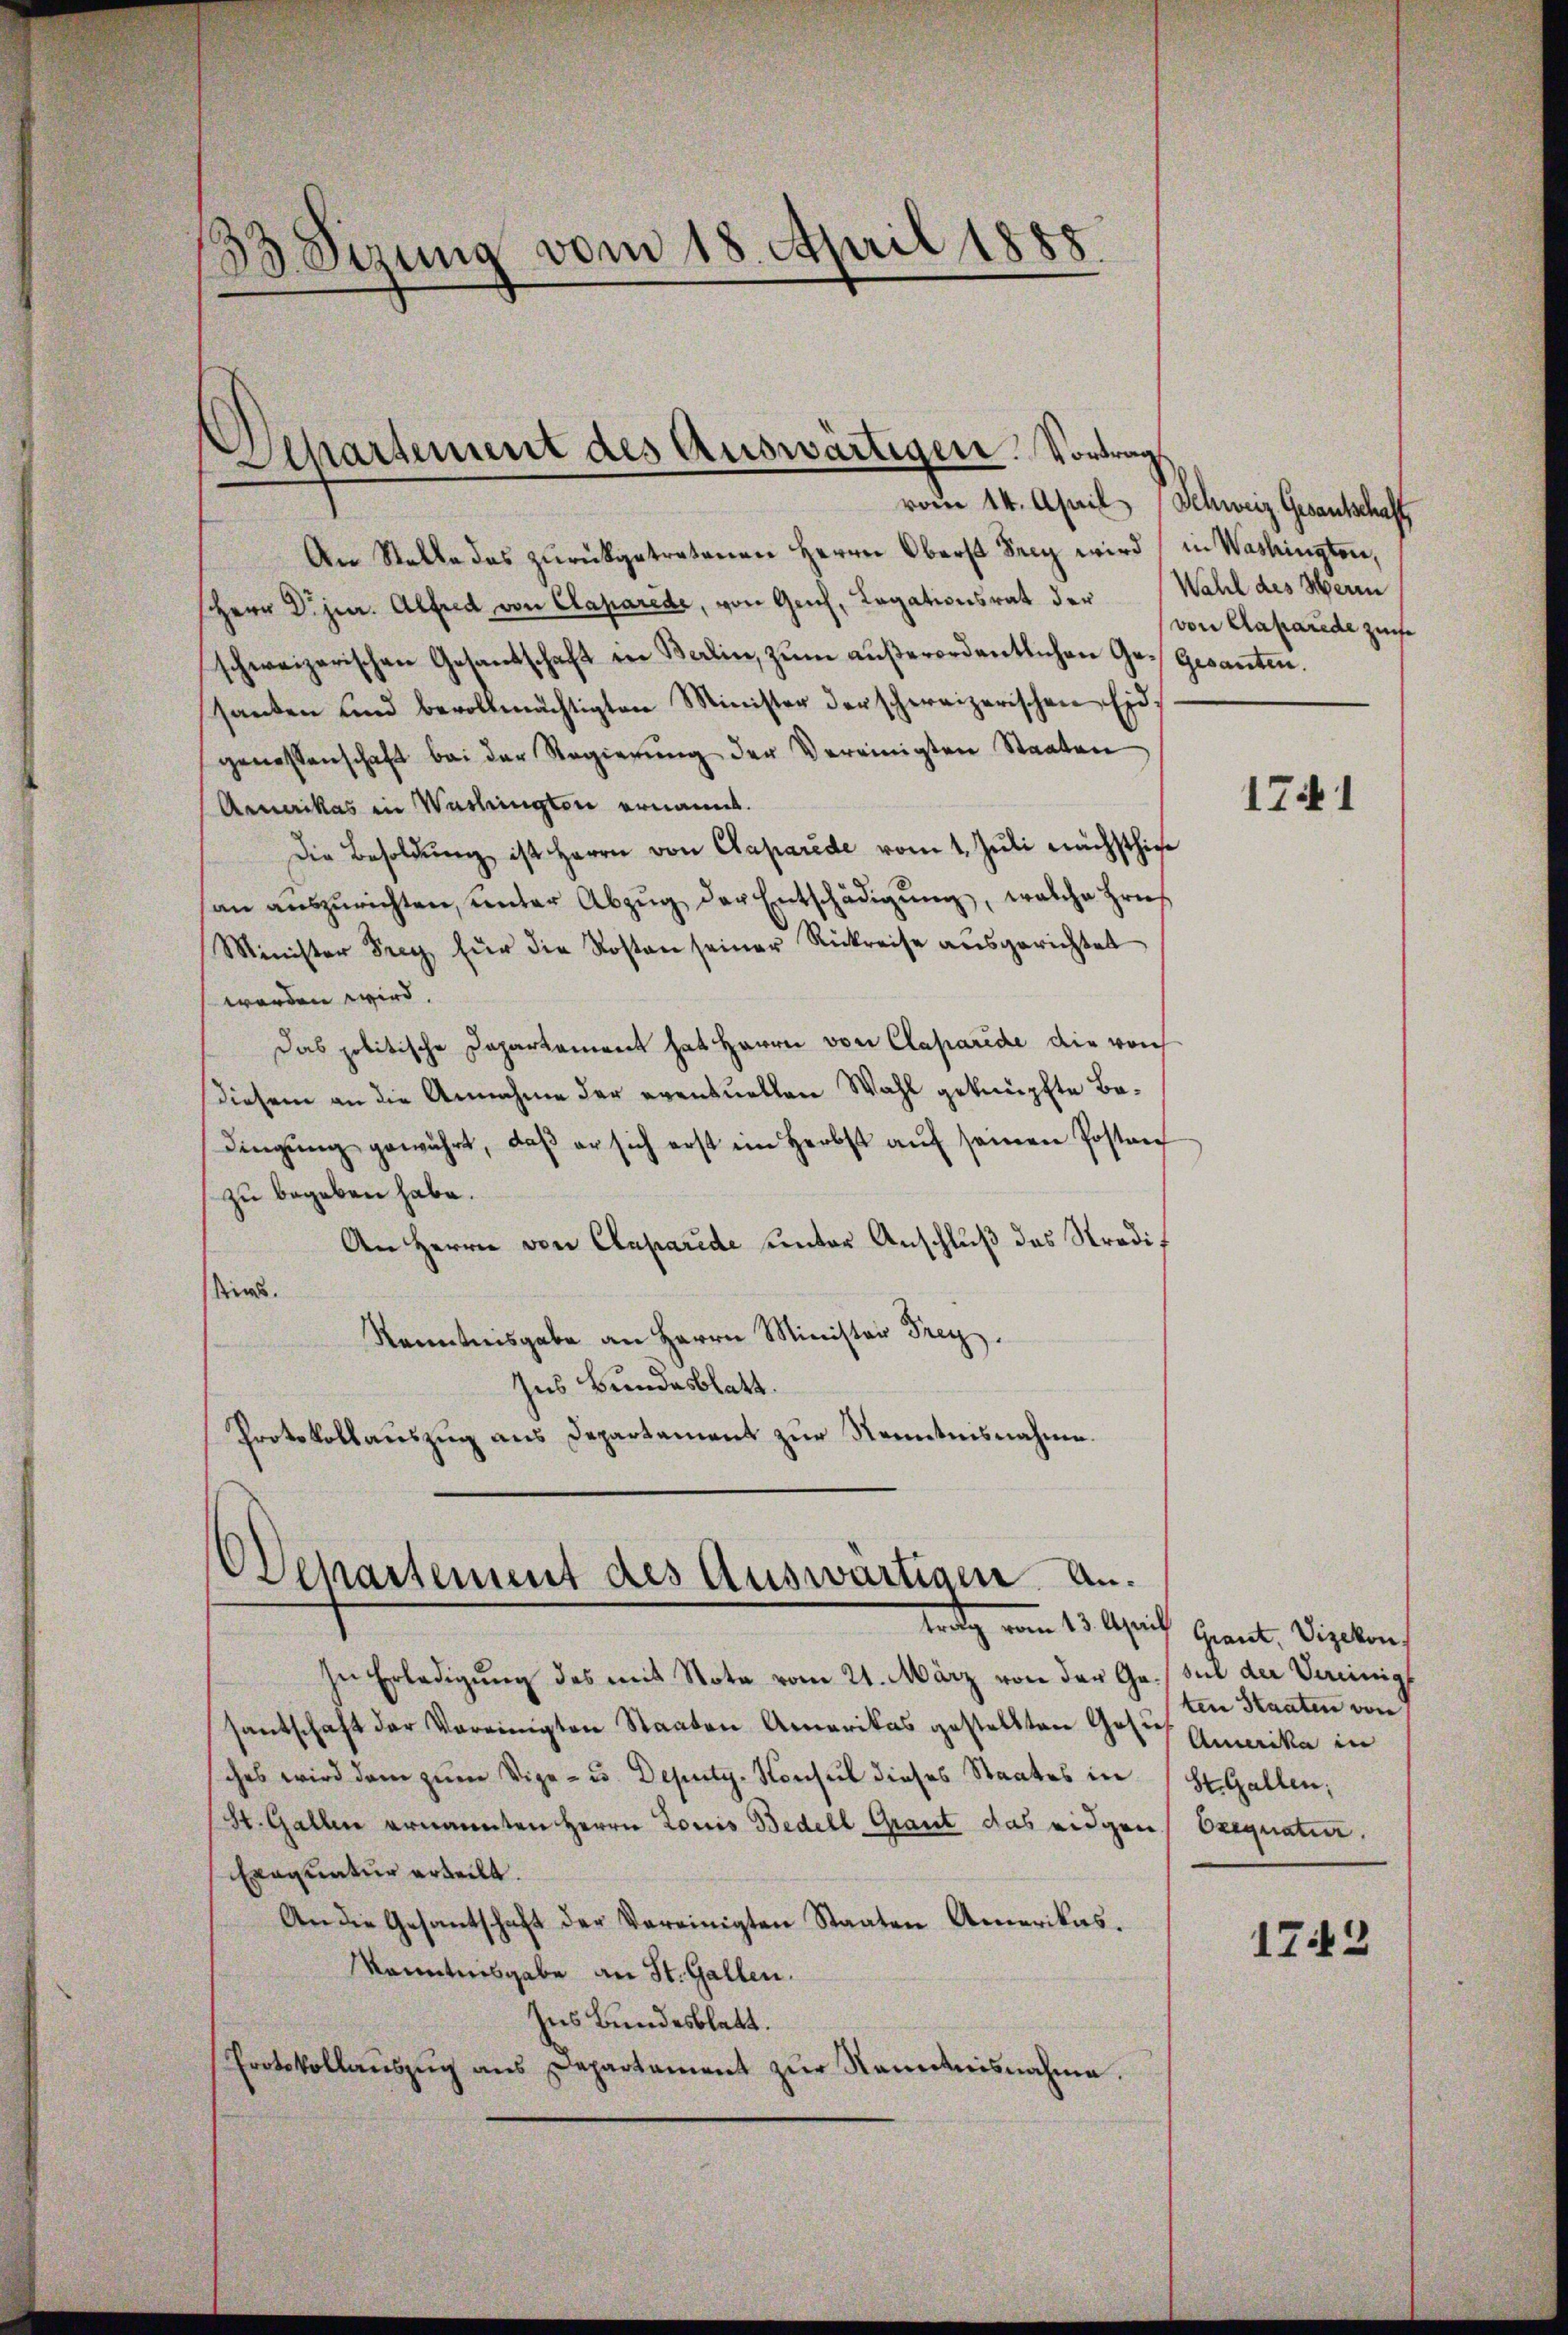
13. Sizung vom 18. April 1888.

Separtement des Auswärtigen. Vortrag

An Stelle des zŭrückgetretenen Herrn Oberst Seiz wird in Washingten,
Herr Dr. jur. Alfred von Caparede, von Geich, Legationsrat der Wahl des Herrn
schweizerischen Gesantschaft in Balin, zum außerordentlichen Ge- Gesanten.
santen und bevollmächtigten Minister der schweizerischen Eid-
genessenschaft bei der Regierŭng der Vereinigten Staaten
Armerikas in Washingten ernannt.
Die Besoldung ist Herrn von Caparede vom 1. Juli nächsthiee
an aŭszŭrichten, unter Abzŭg der Entschädigŭng, welche Brief
Minister Frey für die Kosten seiner Rückreise ausgerichtet
worden wird.
Das politische Departament hat Herrn von Claparide, die von
diesem an die Annahme der eventuellen Wahl geknüpfte Bedingung gewährt, daß er sich erst im Herbst auf seinen Postanz
zu begeben habe.
An Herrn von Caparide unter Anschluß des Stradit
kins.
Kenntnisgabe an Herrn Minister Frey.
Ins Bundesblatt.
Protokollauszug aus Departement zur Kenntnisnahme.

Oehartement des Auswärtigen. Antrag vom 13. April Grant, Vizekon,

In Erledigung des mit Nota vom 21. März von der Ga./ sul der Vereinigt
santschaft der Vereinigten Staaten Amerikas gestellten Gesuch Amerika in
sches wird dem zum Vize- u. Deputy-Konsul dieses Staates in
St. Gallen ernannten Herrn Louis Bedell Graut das eidgen Exequatur.
Exequatur erteilt.
An die Gesantschaft der Vereinigten Staaten Amerikas.
kanntnisgabe an St. Gallen.
Ins Bundesblatt.
Protokollaŭszŭg ans Departament zŭr Nominisnahme.

vom 14. April Schweiz. Gesantschaft

von Caparede ziehe

1741

ten Staaten von
St. Gallen;

1743